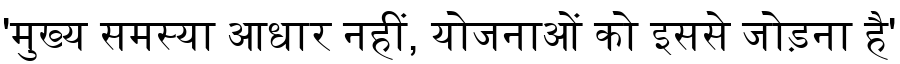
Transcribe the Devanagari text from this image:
'मुख्य समस्या आधार नहीं, योजनाओं को इससे जोड़ना है'